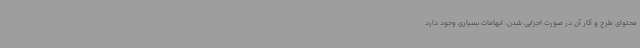
محتوای طرح و آثار آن در صورت اجرایی شدن، ابهامات بسیاری وجود دارد